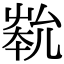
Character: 𡴞